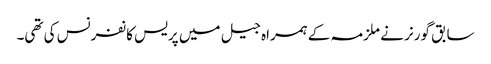
سابق گورنر نے ملزمہ کے ہمراہ جیل میں پریس کانفرنس کی تھی۔